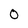
Character: 0